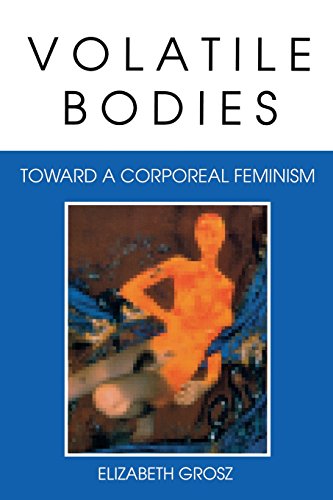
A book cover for Volatile Bodies: Toward a Corporeal Feminism (Theories of Representation and Difference); Elizabeth Grosz; Gay & Lesbian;